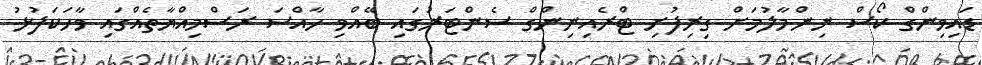
ޑައިވިންގް ކޯސް ނިންމާލުމަށް ގިރިފުށި ޓްރެއިނިންގް ސެންޓަރުގައި ބޭއްވި ހާއްސަ ރަސްމިއްޔާތެއްގައި ވާހަކަފުޅު